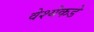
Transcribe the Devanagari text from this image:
वेश्येकडे